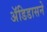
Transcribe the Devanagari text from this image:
अॅडिडासने